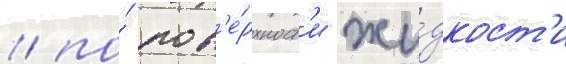
/ по́ пов'е́рхност'и жи́дкост'и